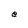
Character: e